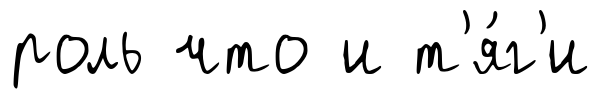
роль что и т'я́г'и